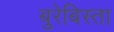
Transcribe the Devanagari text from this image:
बुरेबिस्ता